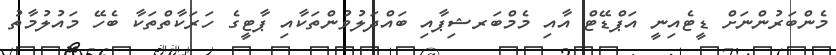
މެންބަރުންނަށް ޑީޓެއިނީ އަޕްޑޭޓް އާއި މެމްބަރޝިޕާއި ބައްދަލުވުންތަކާއި ޕާޓީގެ ހަރަކާތްތަކާ ބެހޭ މައުލުމާތު